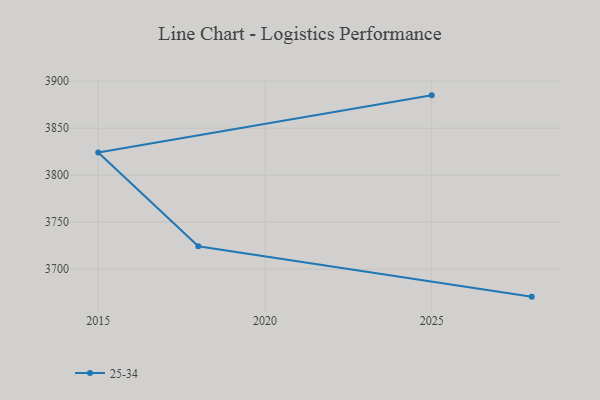
{"axis": {"x": "Year", "y": "Energy Usage (MWh)"}, "legend": ["25-34"], "data": [{"x": "2025", "y": 3884.9, "type": "25-34"}, {"x": "2015", "y": 3824.2, "type": "25-34"}, {"x": "2018", "y": 3724.3, "type": "25-34"}, {"x": "2028", "y": 3670.8, "type": "25-34"}]}